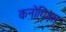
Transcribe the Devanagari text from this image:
कनोगिज़ा